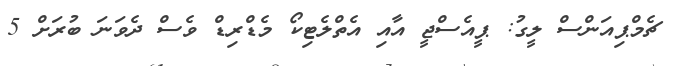
ޗެމްޕިއަންސް ލީގު: ޕީއެސްޖީ އާއި އެތްލެޓިކޯ މެޑްރިޑް ވެސް ދެވަނަ ބުރަށް 5